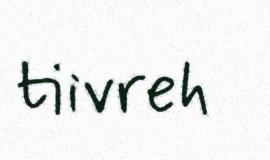
tiivreh